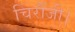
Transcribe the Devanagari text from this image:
चिरौंजी।